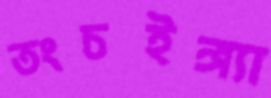
তংচইঙ্গ্যা